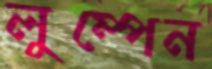
লুম্পেন